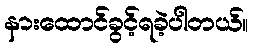
နားထောင်ခွင့်ရခဲ့ပါတယ်။